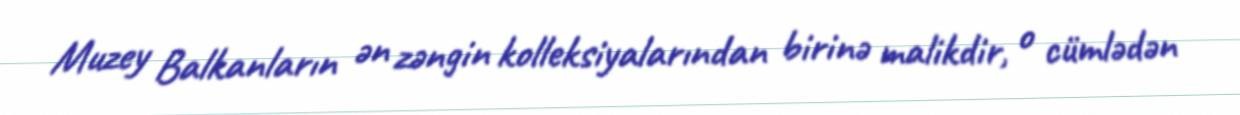
Muzey Balkanların ən zəngin kolleksiyalarından birinə malikdir, o cümlədən